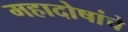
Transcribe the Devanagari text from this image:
महादोषांचे